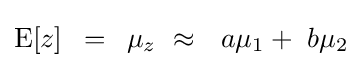
{\rm {E}}[z]\,\,\,=\,\,\,\mu _{z}\,\,\approx \,\,\,\,a\mu _{1}+\,\,b\mu _{2}